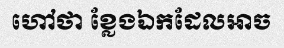
ហៅថា ខ្លែងឯកដែលអាច